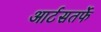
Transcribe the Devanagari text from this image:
आर्टसतर्फे